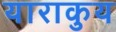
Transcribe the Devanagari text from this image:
याराकुय